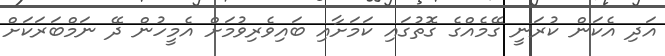
އަދި އެކަން ކުރަނީ ގޭމެއްގެ ގޮތުގައި ކަމަށާއި ބައިވެރިވުމަށް އެމީހުން ދޭ ނަމްބަރަކަށް